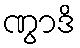
ဏွာဒိ